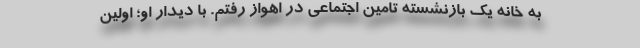
به خانه یک بازنشسته تامین اجتماعی در اهواز رفتم. با دیدار او؛ اولین